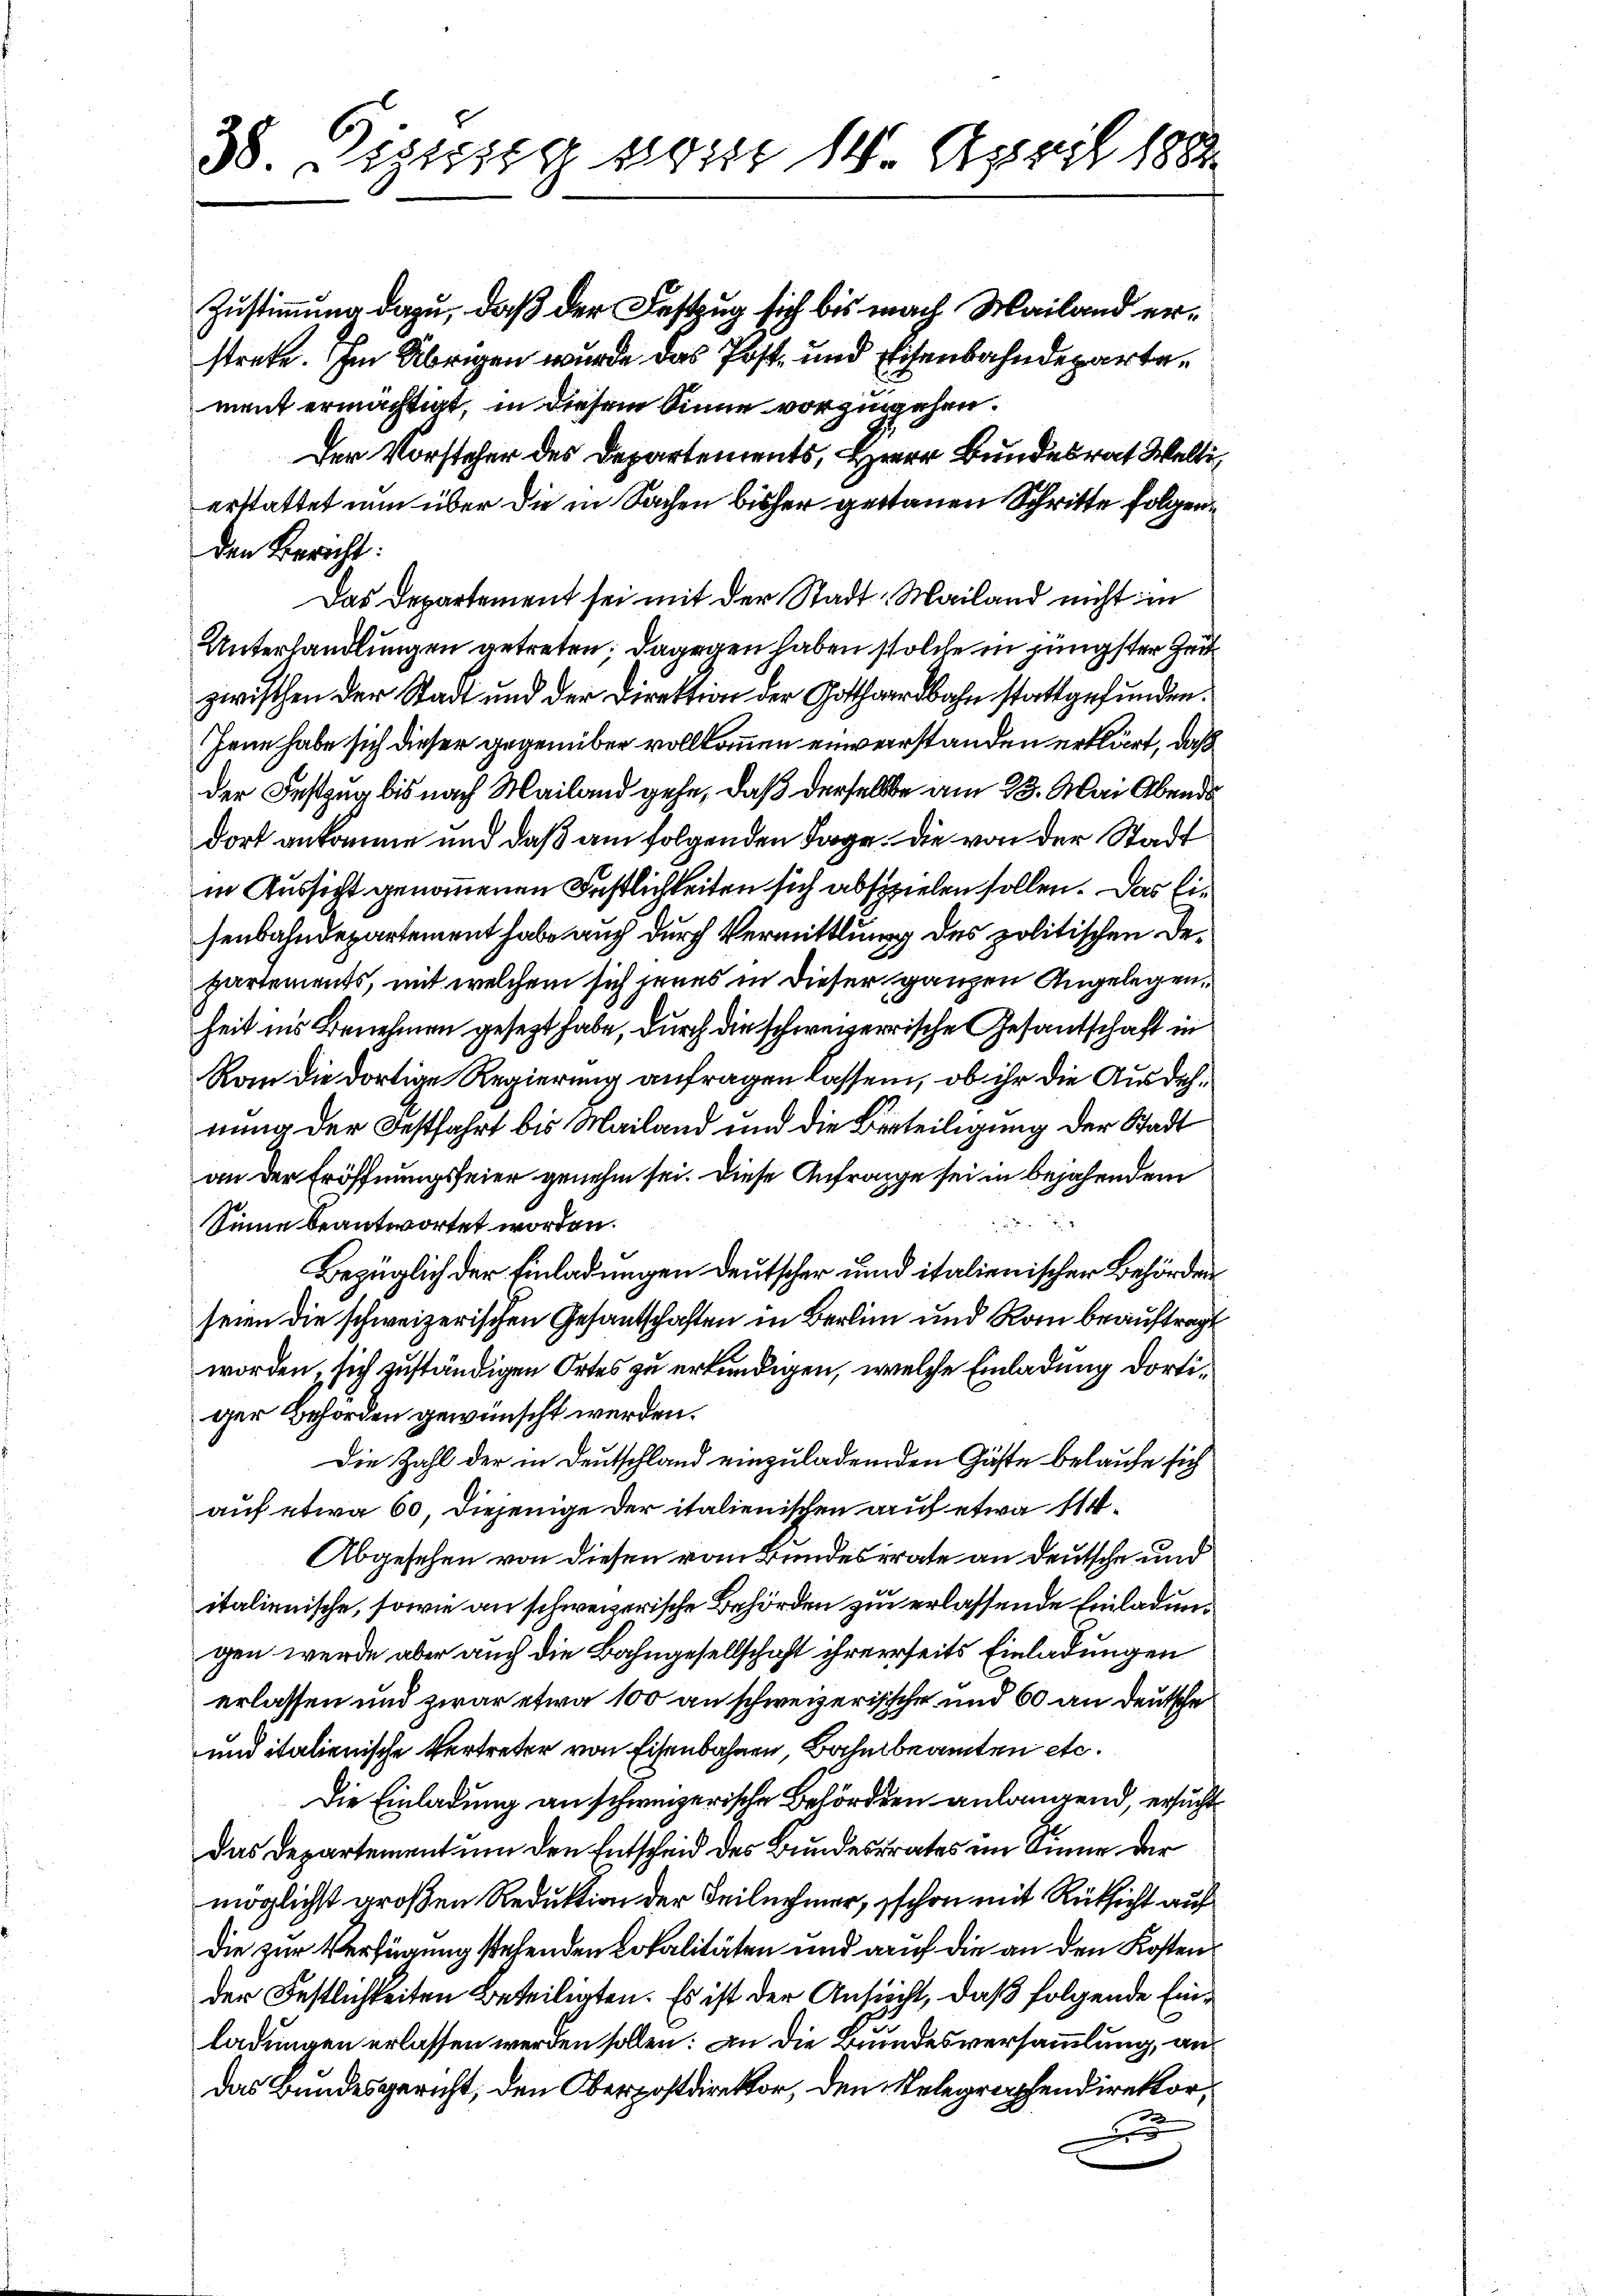
38. ist vom 14. April 1882

strete. Im Übrigen wurde das Post- und Eisenbahndepartement ermächtigt, in diesem Sinne vorzugehen.
Der Vorsteher des Departements, Herr Bundesrat Welti
erstattet nun über die in Sachen bisher gestauen Schritte folgen¬
Das Departement sei mit der Stadt Mailand nicht in
Unterhandlungen getreten; dagegen haben solche in jüngster Zeit
zwischen der Stadt und der Direktion der Gotthardbahn stattgefunden.
Jene habe sich dieser gegenüber vollkommen einverstanden erklärt, daß
der Festzug bis nach Mailand gehe, daß derselbe am 23. Mai Abends
dort ankomme und daß am folgenden Tage. Die von der Stadt
in Aussicht genommenen Festlichkeiten sich abspielen sollen. Das Eisenbahndepartement habe auch durch Vermittlung des politischen Departements, mit welchem sich jenes in dieser ganzen Angelegenheit ins Benehmen gesezt habe, durch die schwererrische Gesandschaft in
Ram die dortige Regierung anfragen lassen, ob ihr die Ausdehnung der Festfahrt bis Mailand und die Berteiligung der Stadt
an der Eröffnungsfeier genehm sei. Diese Anfrage sei in bejahendem
Sinne beantwortet worden.
Bezüglich der Einladungen deutscher und italienischer Behörden
seien die schweizerischen Gesantschaften in Berlin und Rom beauftragt
worden, sich zuständigen Ortes zu erkundigen, welche Einladung dortiger Behörden gewünscht werden.
Die Zahl der in Deutschland einzuladenden Gäste belaufe sich
auf etwa 60 diejenige der italienischen auf etwa 14
Abgesehen von diesen vom Bundesrate an deutsche und
italienische, sowie an schweizerische Behörden zu erlassende Einladungen werde aber auch die Bahngesellschaft ihrerseits Einladungen
erlassen und zwar etwa 100 an schweizerische und 60 an deutsche
und italienische Vertreter von Eisenbahnen Bahnbeamten etc.
Die Einladung an schweizerische Behörden anlangend, ersucht
Das Departement um den Entscheid des Bundesrates im Sinne der
möglichst großen Reduktion der Teilnehmer, schon mit Rücksicht auf
die zur Verfügung stehenden Lokalitäten und auf die an den Kosten
der Festlichkeiten Beteiligten. Es ist der Ansucht, daß folgende Einladungen erlassen werden sollen: An die Bundesversammlung, an
das Bundesgericht, den Oberpostdirektor, den Telegraphendirektor,
z

den Bericht:

Zustimmung dazu, daß der Festzug sich bis nach Mailand er¬